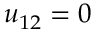
u _ { 1 2 } = 0